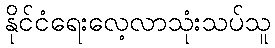
နိုင်ငံရေးလေ့လာသုံးသပ်သူ